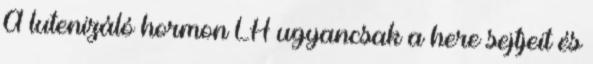
A lutenizáló hormon LH ugyancsak a here sejtjeit és